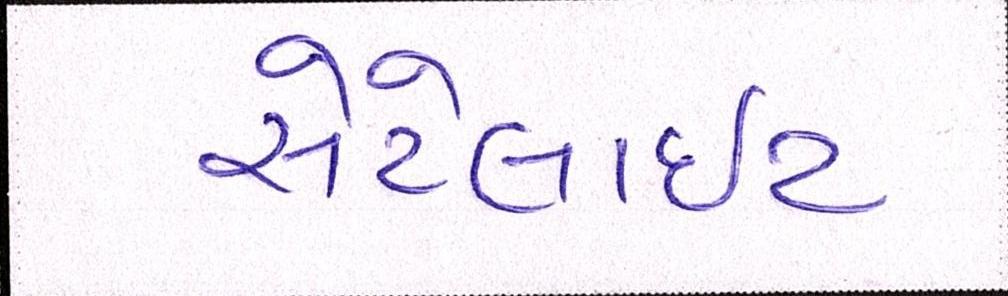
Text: સેટેલાઈટ